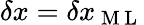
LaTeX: \delta x=\delta x_{\mathrm{~M~L~}}